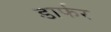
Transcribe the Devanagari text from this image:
डार्फर